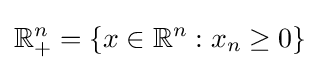
\mathbb {R} _{+}^{n}=\{x\in \mathbb {R} ^{n}:x_{n}\geq 0\}